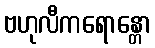
ဗဟုလီကရောန္တော